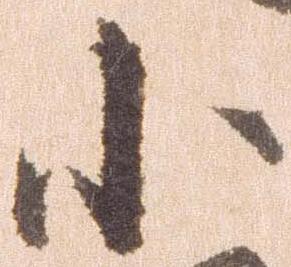
小